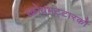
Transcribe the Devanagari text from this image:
॥क्रोधभट्टारको